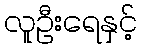
လူဦးရေနှင့်